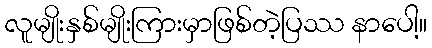
လူမျိုးနှစ်မျိုးကြားမှာဖြစ်တဲ့ပြဿ နာပေါ့။